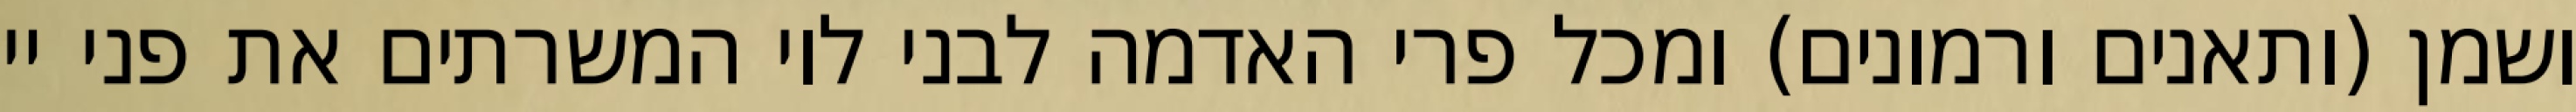
ושמן (ותאנים ורמונים) ומכל פרי האדמה לבני לוי המשרתים את פני יי